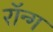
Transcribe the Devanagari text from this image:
रॉन्ग